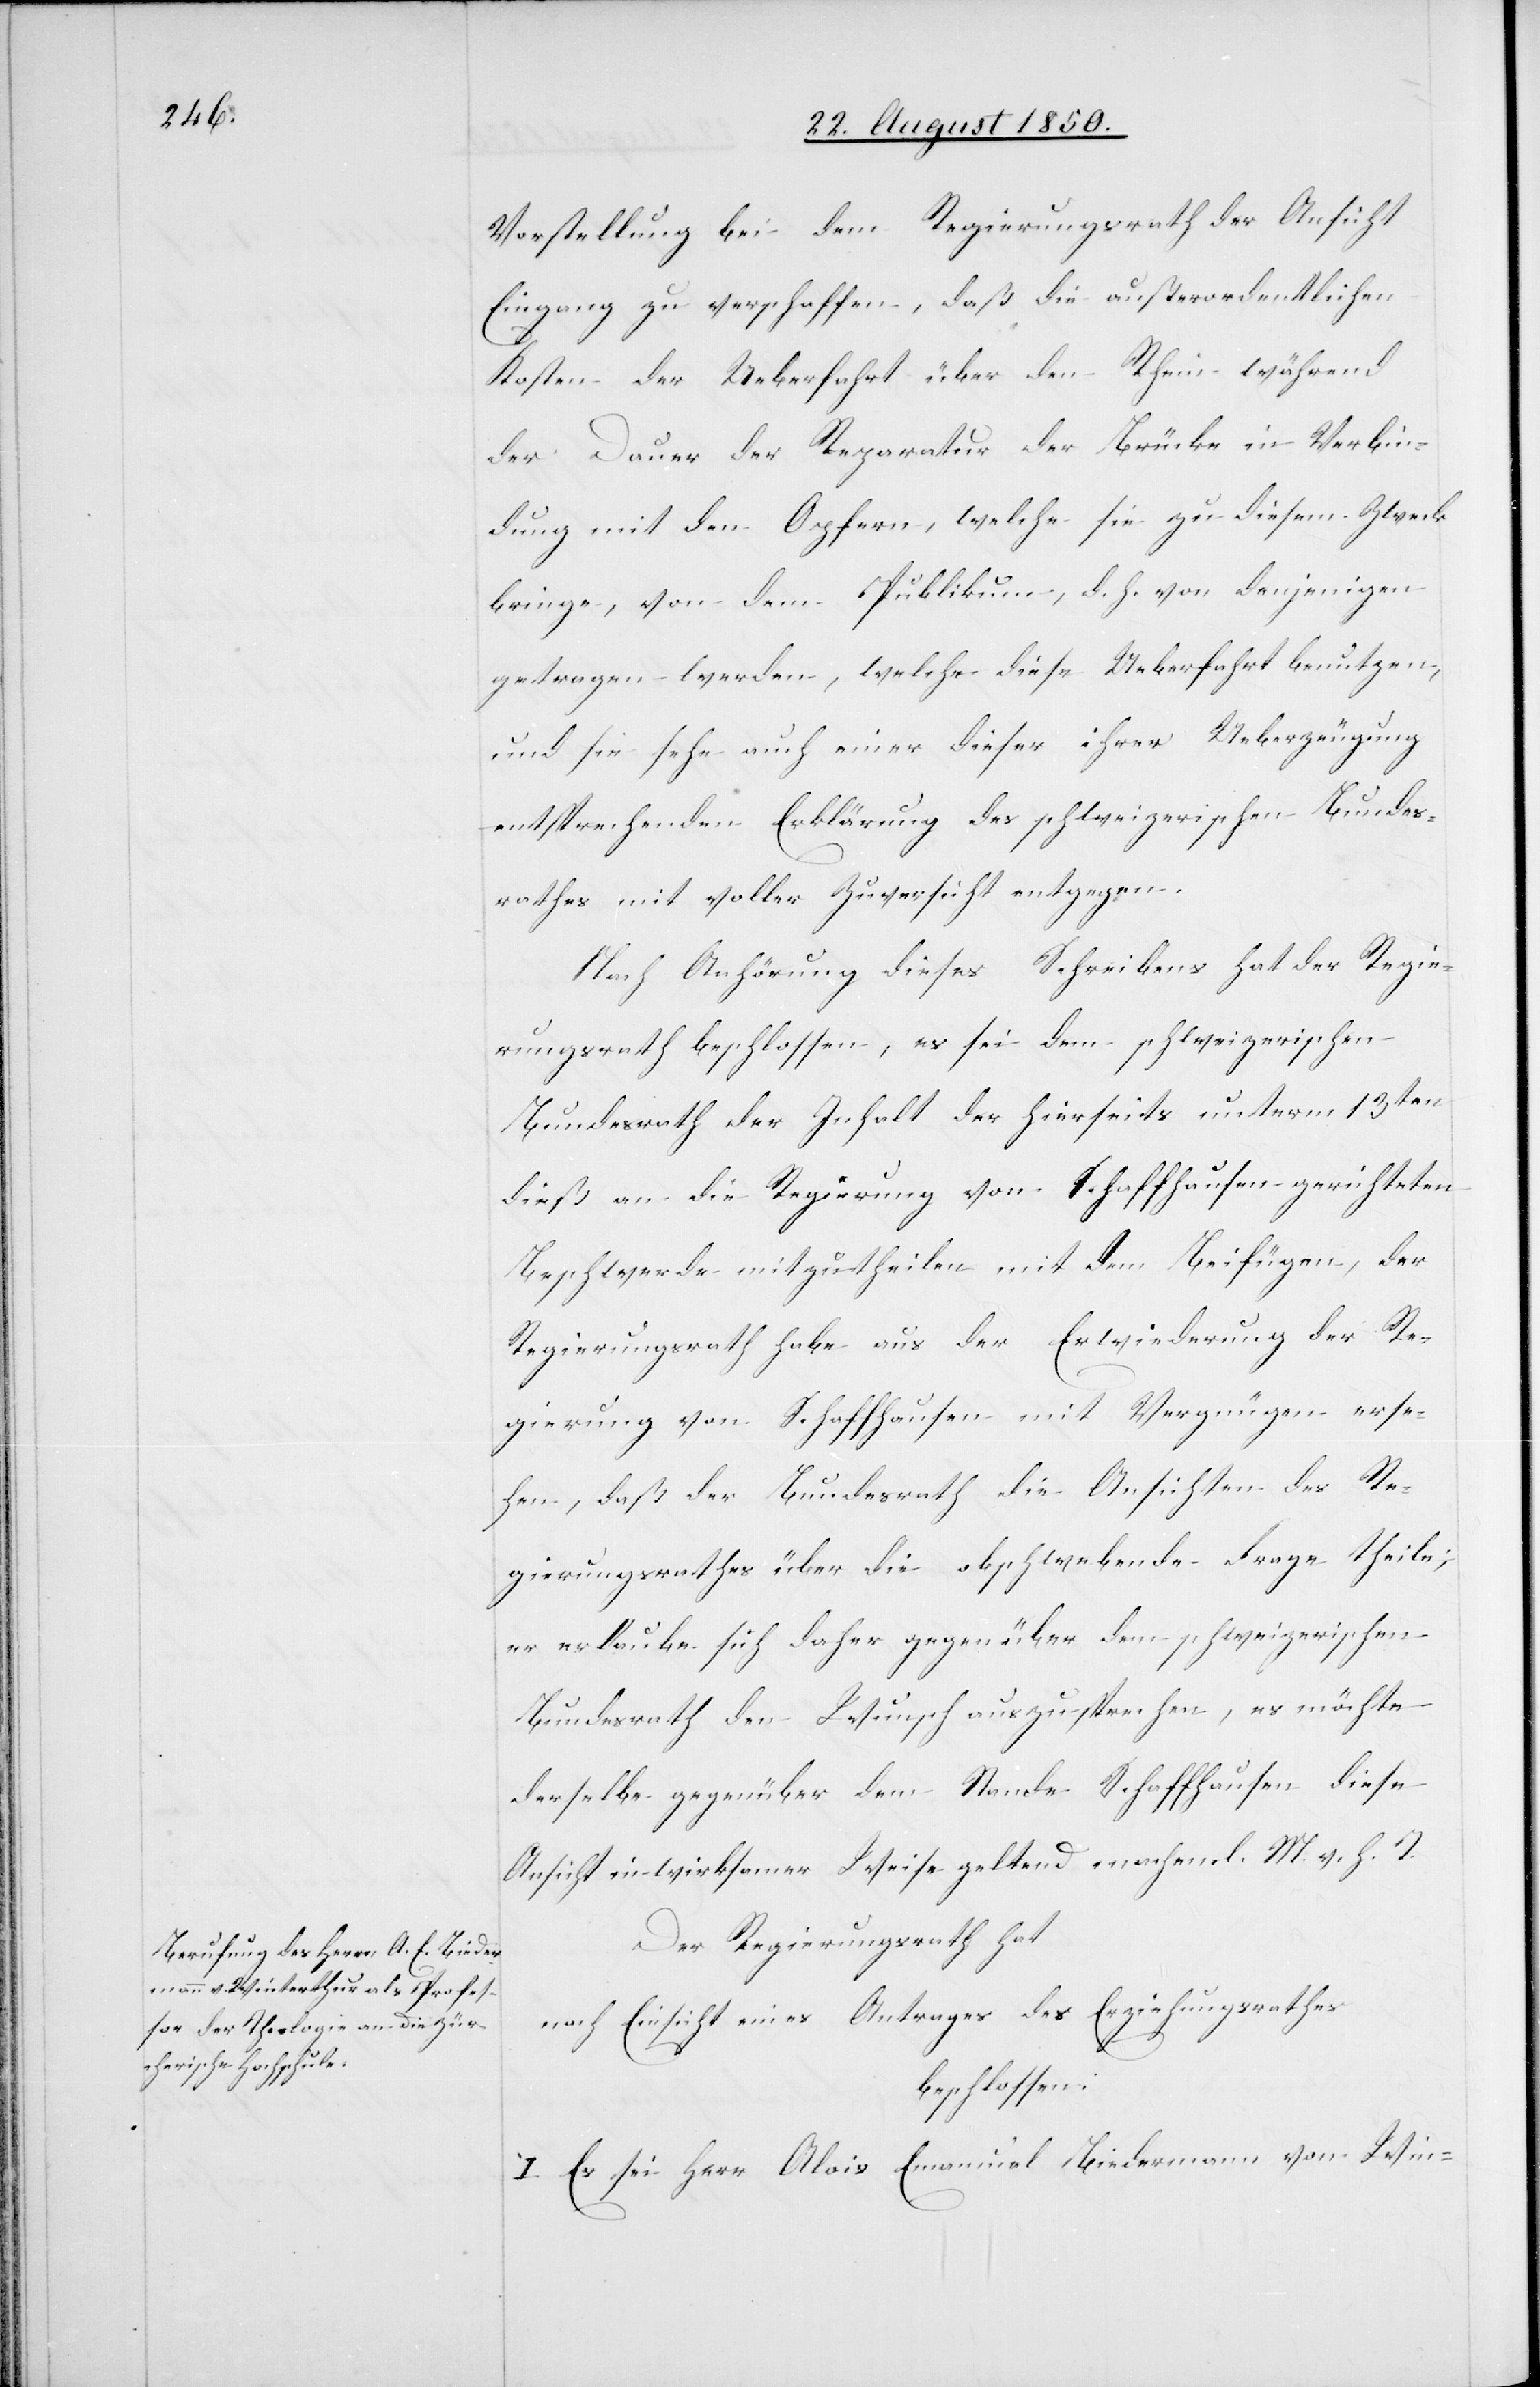
Vorstellung bei dem Regierungsrath der Ansicht
Eingang zu verschaffen, daß die außerordentlichen
Kosten der Ueberfahrt über den Rhein während
der Dauer der Reparatur der Brücke in Verbin¬
dung mit den Opfern, welche sie zu diesem Zweck
bringe, von dem Publikum, d. h. von denjenigen
getragen werden, welche diese Ueberfahrt benutzen,
und sie sehe auch einer dieser ihrer Ueberzeugung
entsprechenden Erklärung des schweizerischen Bundes¬
rathes mit voller Zuversicht entgegen.
Nach Anhörung dieses Schreibens hat der Regie¬
rungsrath beschlossen, es sei dem schweizerischen
Bundesrath der Inhalt der hierseits unterm 13ten
dieß an die Regierung von Schaffhausen gerichteten
Beschwerde mitzutheilen mit dem Beifügen, der
Regierungsrath habe aus der Erwiederung der Re¬
gierung von Schaffhausen mit Vergnügen erse¬
hen, daß der Bundesrath die Ansichten des Re¬
gierungsrathes über die obschwebende Frage theile;
er erlaube sich daher gegenüber dem schweizerischen
Bundesrath den Wunsch auszusprechen, es möchte
derselbe gegenüber dem Stande Schaffhausen diese
Ansicht in wirksamer Weise geltend machen. l. M. v. h. T.
Der Regierungsrath hat
nach Einsicht eines Antrages des Erziehungsrathes
beschlossen:
I. Es sei Herr Alois Emanuel Biedermann von Win-